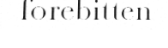
forebitten